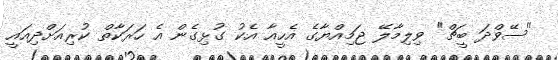
"ސޭވްދަ ބީޗް" ވިލިމާލޭ ޖަމިއްޔާގެ އެހީއާ އެކު ގުޅިގެން އެ ހަރަކާތް ކުރިއަށްދިއައީ